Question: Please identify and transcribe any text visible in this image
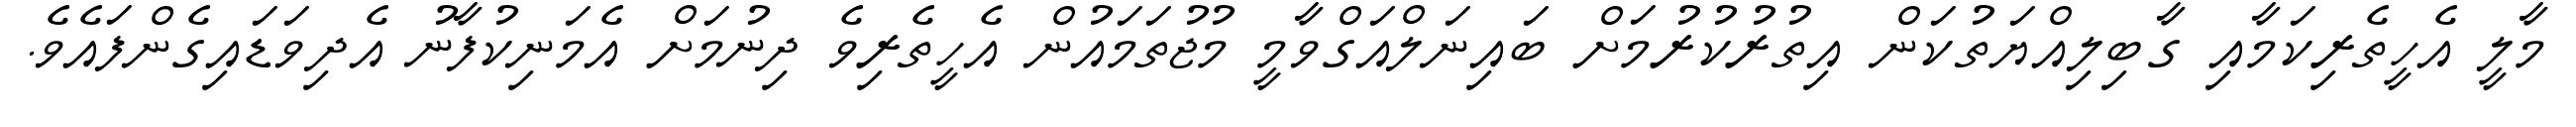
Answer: މާލީ އެހީތެރިކަމާއި ގާބިލިއްޔަތުކަން އިތުރުކުރުމަށް ބައިނަލްއަގްވާމީ މުޖުތަމައުން އެހީތެރިވެ ދިނުމަށް އެމަނިކުފާނު އެދިވަޑައިގެންފައެވެ.